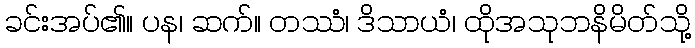
ခင်းအပ်၏။ ပန၊ ဆက်။ တဿံ၊ ဒိသာယံ၊ ထိုအသုဘနိမိတ်သို့